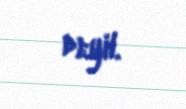
deyil.